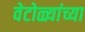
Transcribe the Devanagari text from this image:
वेटोळ्यांच्या